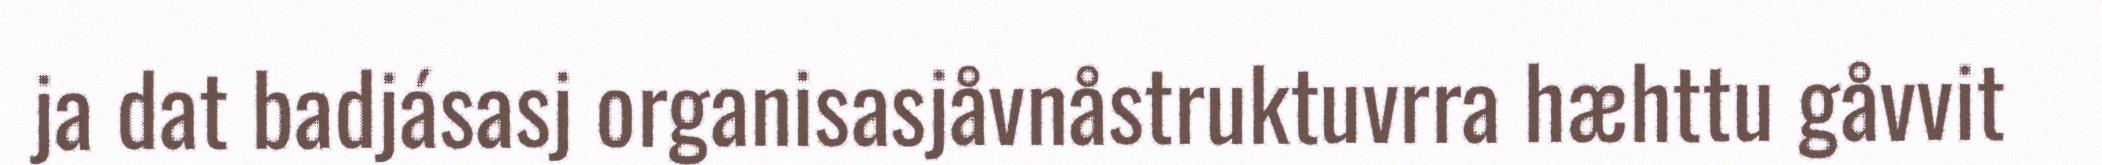
ja dat badjásasj organisasjåvnåstruktuvrra hæhttu gåvvit